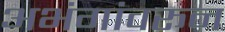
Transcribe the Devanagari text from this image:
अभंगांवरून